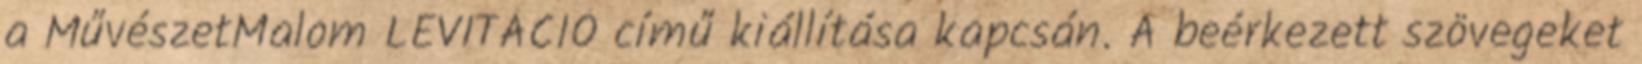
a MűvészetMalom LEVITÁCIÓ című kiállítása kapcsán. A beérkezett szövegeket